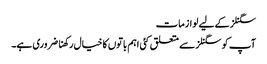
سگنلز کے لیے لوازمات
آپ کو سگنلز سے متعلق کئی اہم باتوں کا خیال رکھنا ضروری ہے۔